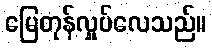
မြေတုန်လှုပ်လေသည်။